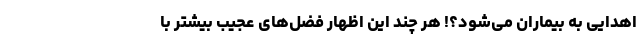
اهدایی به بیماران می‌شود؟! هر چند این اظهار فضل‌های عجیب بیشتر با